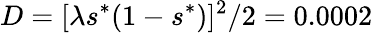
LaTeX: D=[\lambda s^{*}(1-s^{*})]^{2}/2=0.0002